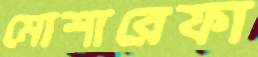
মোশারেফা